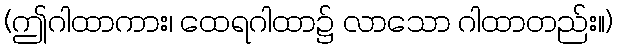
(ဤဂါထာကား၊ ထေရဂါထာ၌ လာသော ဂါထာတည်း။)